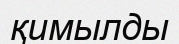
қимылды